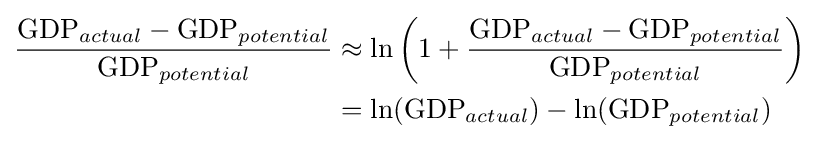
{\begin{aligned}{\frac {{\mbox{GDP}}_{actual}-{\mbox{GDP}}_{potential}}{{\mbox{GDP}}_{potential}}}&\approx \ln \left(1+{\frac {{\mbox{GDP}}_{actual}-{\mbox{GDP}}_{potential}}{{\mbox{GDP}}_{potential}}}\right)\\&=\ln({\mbox{GDP}}_{actual})-\ln({\mbox{GDP}}_{potential})\end{aligned}}